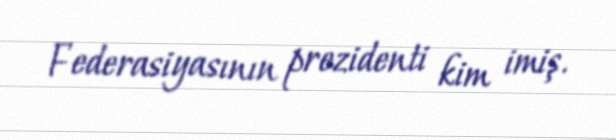
Federasiyasının prezidenti kim imiş.